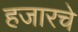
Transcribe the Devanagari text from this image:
हजारचे